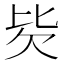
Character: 𰅢